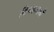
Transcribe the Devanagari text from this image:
त्तिच्यासाठी